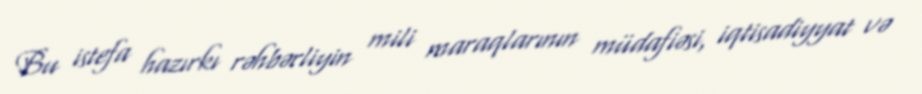
Bu istefa hazırkı rəhbərliyin mili maraqlarının müdafiəsi, iqtisadiyyat və